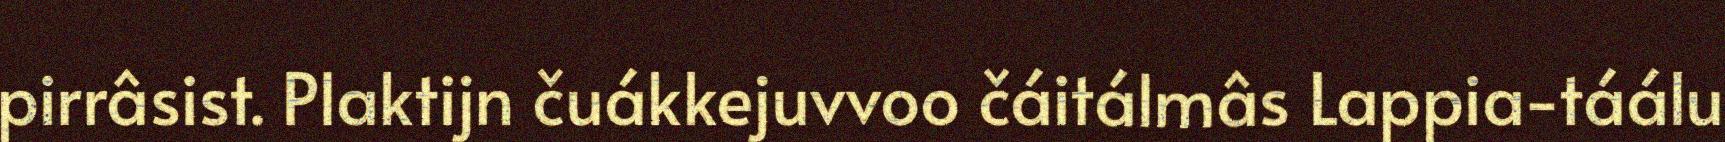
pirrâsist. Plaktijn čuákkejuvvoo čáitálmâs Lappia-táálu